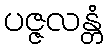
ပဇ္ဇလန္တံ